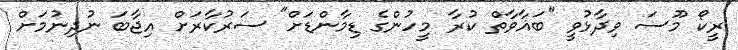
ރީކޯ މޫސަ ވިދާޅުވީ "ބަޣާވާތް ކުރާ މީހުންގެ ޑިމާންޑަށް" ސަރުކާރަށް އިޖާބަ ނުދިނުމަށް